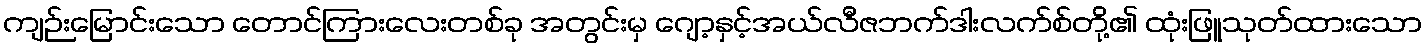
ကျဉ်းမြောင်းသော တောင်ကြားလေးတစ်ခု အတွင်းမှ ဂျော့နှင့်အယ်လီဇဘက်ဒါးလက်စ်တို့၏ ထုံးဖြူသုတ်ထားသော